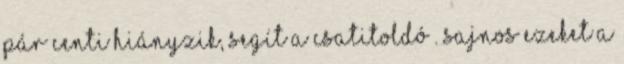
pár centi hiányzik, segít a csatitoldó”. Sajnos ezeket a